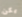
يكن